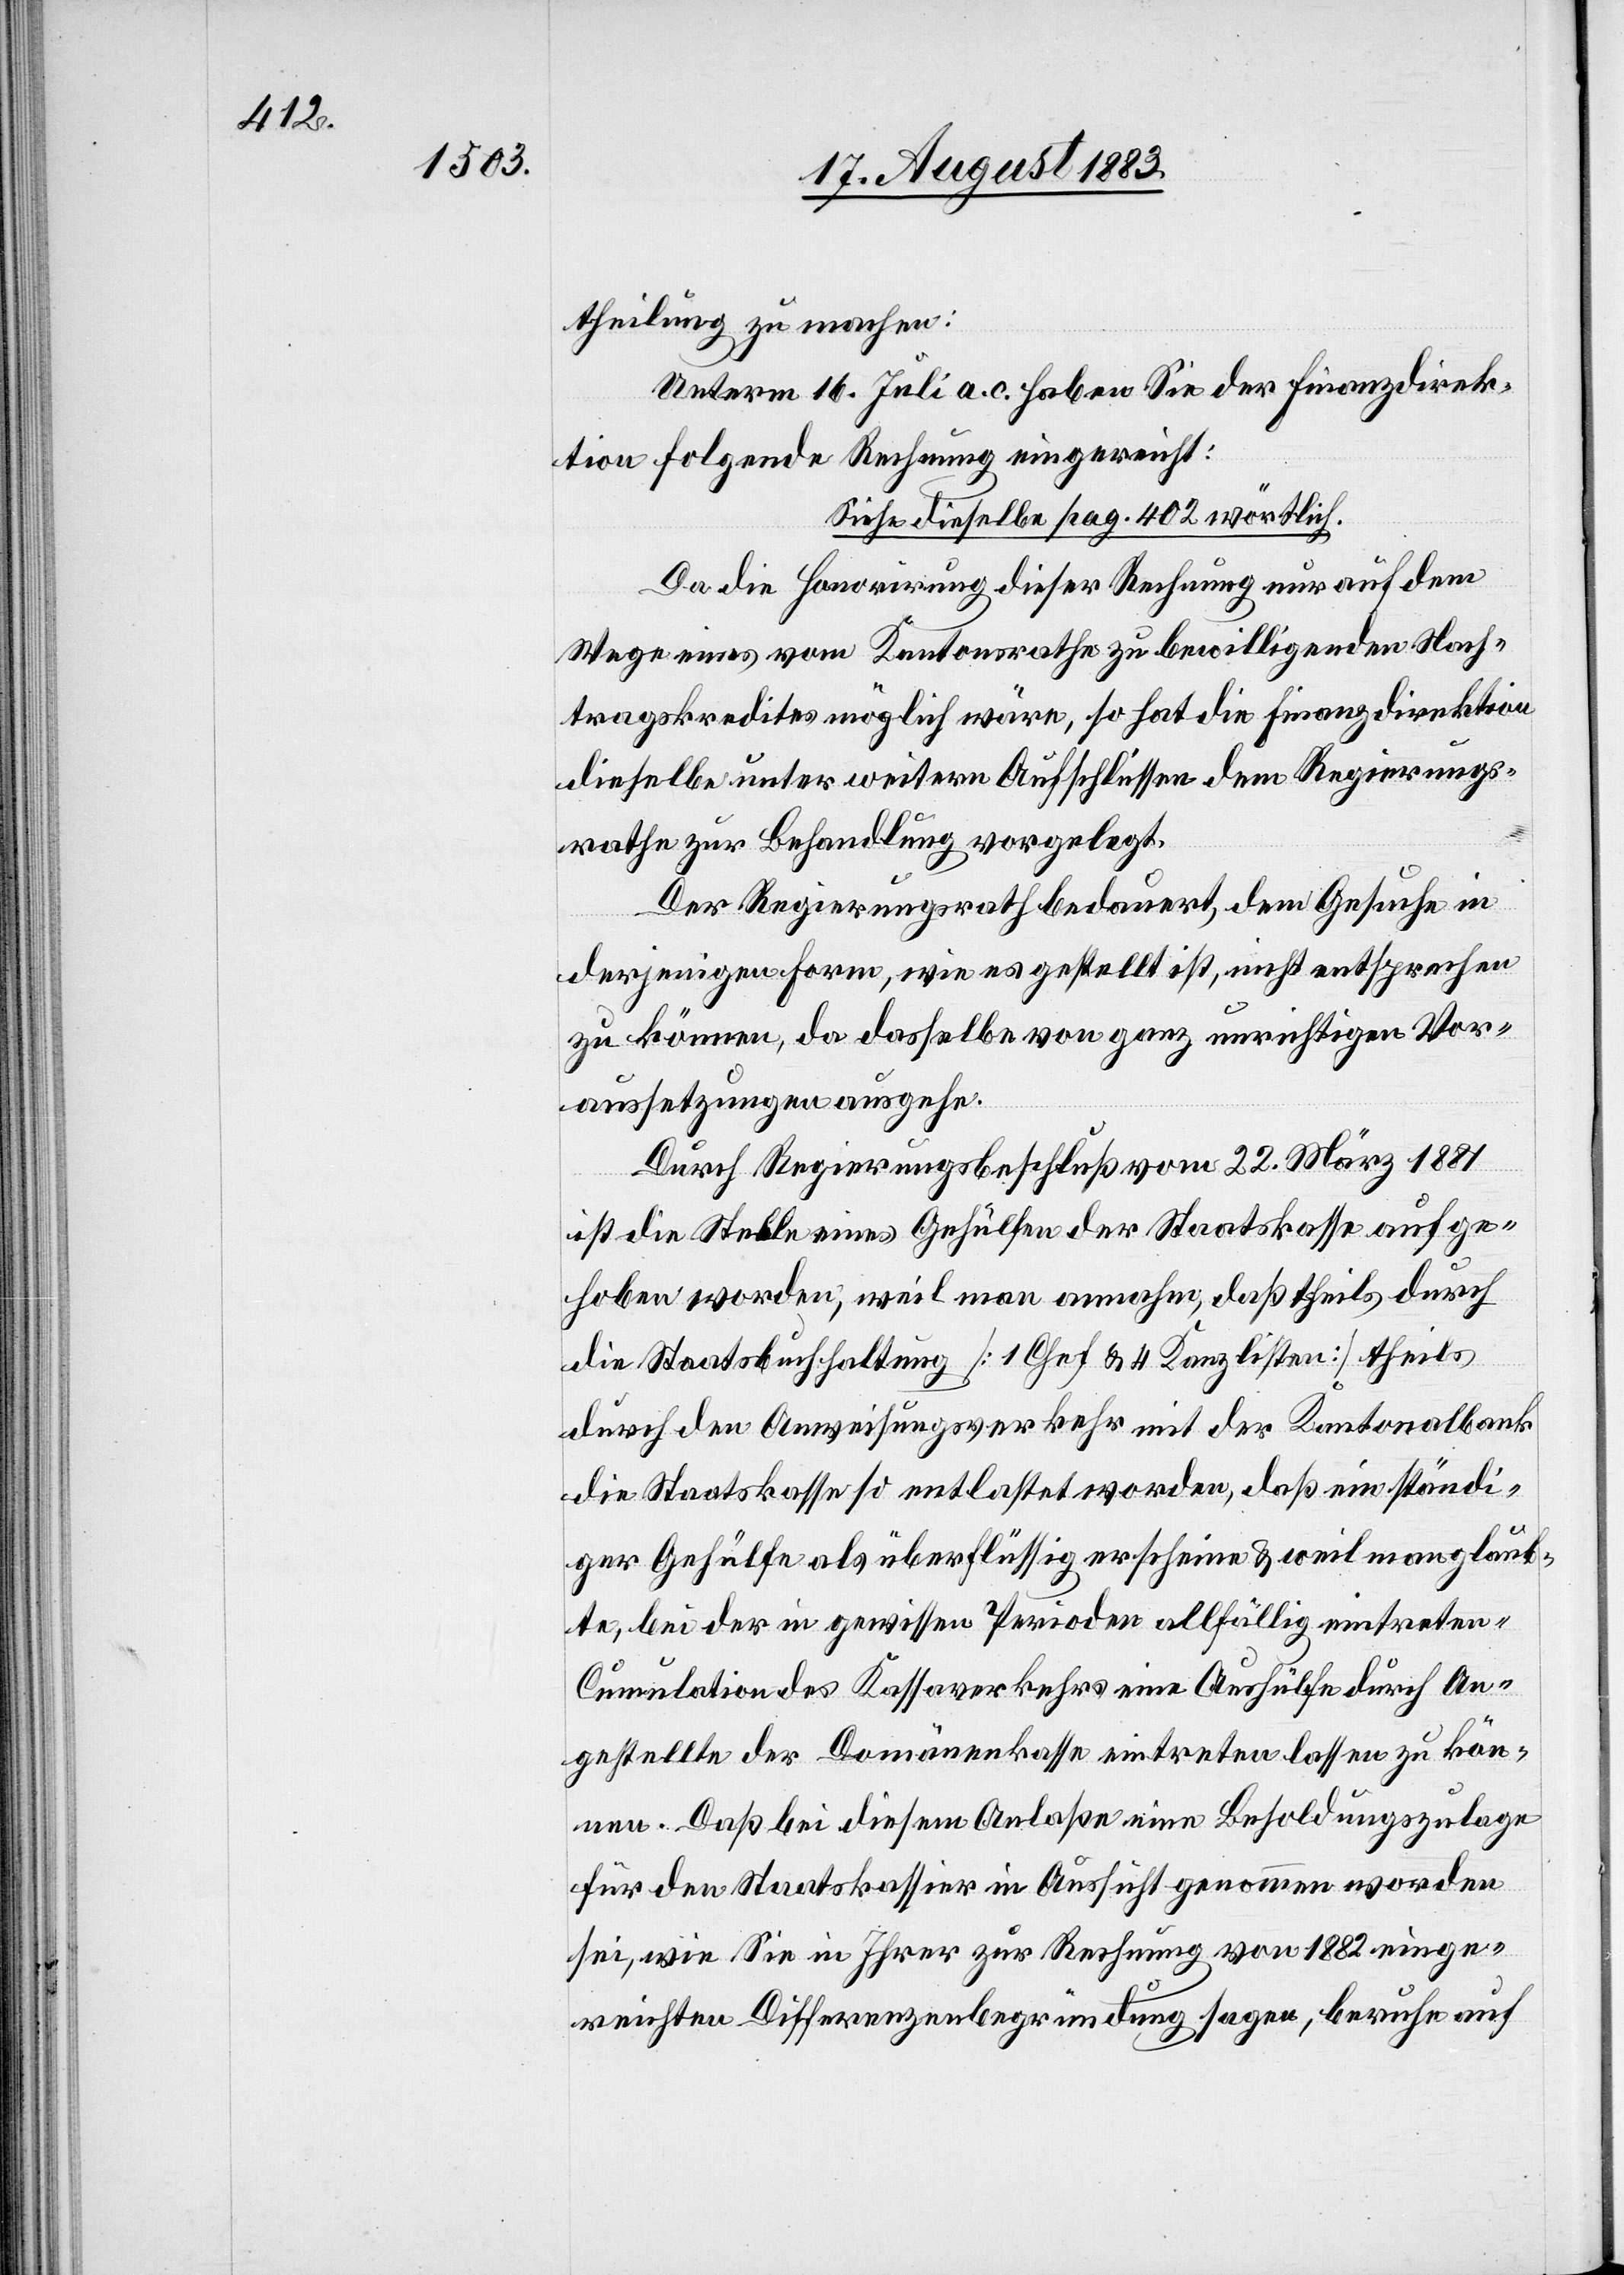
theilung zu machen:
Unter, 16. Juli a. c. haben Sie der Finanzdirek¬
tion folgende Rechnung eingereicht:
Siehe dieselbe pag. 402 wörtlich.
Da die Honorirung dieser Rechnung nur auf dem
Wege eines vom Kantonsrathe zu bewilligenden Nach¬
tragskredites möglich wäre, so hat die Finanzdirektion
dieselbe unter weitern Aufschlüssen dem Regierungs¬
rathe zur Behandlung vorgelegt.
Der Regierungsrath bedauert, dem Gesuche in
derjenigen Form, wie es gestellt ist, nicht entsprechen
zu können, da dasselbe von ganz unrichtigen Vor¬
aussetzungen ausgehe.
Durch Regierungsbeschluß vom 22. März 1881
ist die Stelle eines Gehülfen der Staatskasse aufge¬
hoben worden, weil man annahm, daß theils durch
die Staatsbuchhaltung [1 Chef & 4 Kanzlisten] theils
durch den Anweisungsverkehr mit der Kantonalbank
die Staatskasse so entlastet werde, daß ein ständi¬
ger Gehülfe als überflüssig erscheine & weil man glaub¬
te, bei der in gewissen Perioden allfällig eintreten[den]
Cumulation des Kassaverkehrs eine Aushülfe durch An¬
gestellte der Domänenkasse eintreten lassen zu kön¬
nen. Daß bei diesem Anlaße eine Besoldungszulage
für den Staatskassier in Aussicht genommen worden
sei, wie Sie in Ihrer zur Rechnung von 1882 einge¬
reichten Differenzenbegründung sagen, beruhe auf